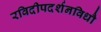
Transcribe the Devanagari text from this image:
रविदीपदर्शनविधौ